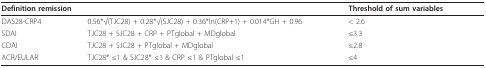
| <COLSPAN=2> Definition remission | Threshold of sum variables |
 | --- | --- | --- |
 | DAS28-CRP4 | 0.56*√(TJC28) + 0.28*√(SJC28) + 0.36*ln(CRP+1) + 0.014*GH + 0.96 | < 2.6 |
 | SDAI | TJC28 + SJC28 + CRP + PTglobal + MDglobal | ≤3.3 |
 | CDAI | TJC28 + SJC28 + PTglobal + MDglobal | ≤2.8 |
 | ACR/EULAR | TJC28* ≤1 & SJC28* ≤1 & CRP ≤1 & PTglobal ≤1 | ≤4 |